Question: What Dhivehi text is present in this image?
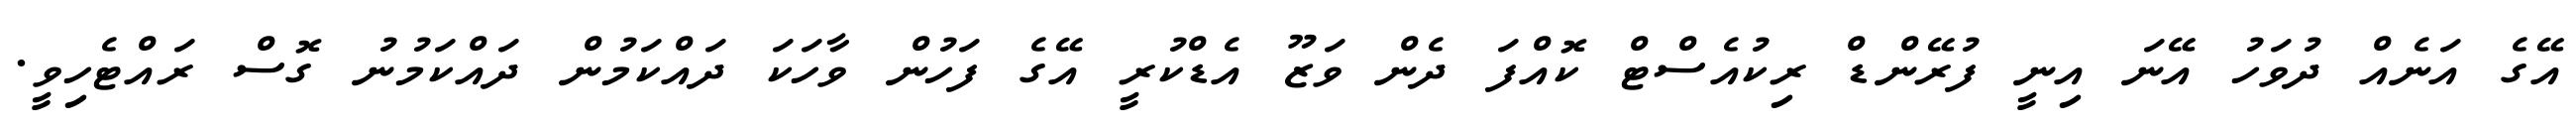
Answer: އޭގެ އަނެއް ދުވަހު އޭނަ އިނީ ފުރޭންޑް ރިކުއެސްޓް ކޮއްފަ ދެން ވަޒޫ އެޑްކުރީ އޭގެ ފަހުން ވާހަކަ ދައްކަމުން ދައްކަމުނު ގޮސް ރައްޓެހިވީ.